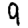
Digit: 9